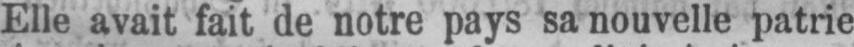
Elle avait fait de notre pays sa nouvelle patrie